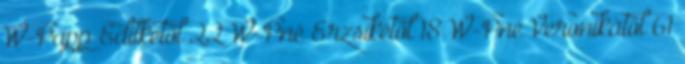
W-Papp Editkétől 22 W-Pné Erzsikétől 18 W-Pné Veronikától 61